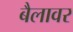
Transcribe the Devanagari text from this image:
बैलावर